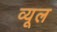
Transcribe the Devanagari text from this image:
व्यूल